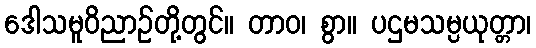
ဒေါသမူဝိညာဉ်တို့တွင်။ တာဝ၊ စွာ။ ပဌမသမ္ပယုတ္တာ၊